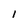
Character: 1